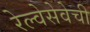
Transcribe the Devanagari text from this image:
रेल्वेसेवेची